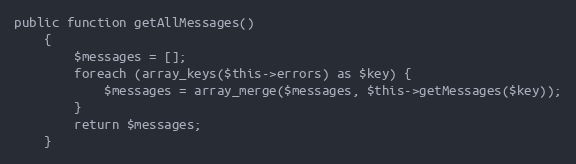
Language: PHP
public function getAllMessages()
    {
        $messages = [];
        foreach (array_keys($this->errors) as $key) {
            $messages = array_merge($messages, $this->getMessages($key));
        }
        return $messages;
    }